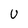
Character: U